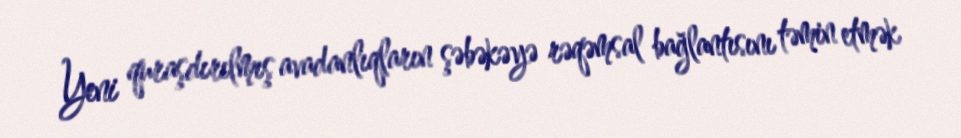
Yeni quraşdırılmış avadanlıqların şəbəkəyə rəqəmsal bağlantısını təmin etmək